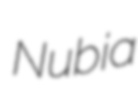
Nubia